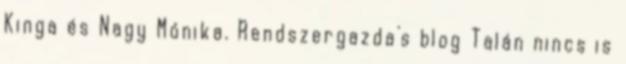
Kinga és Nagy Mónika. Rendszergazda's blog Talán nincs is